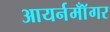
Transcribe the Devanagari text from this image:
आयर्नमॉँगर